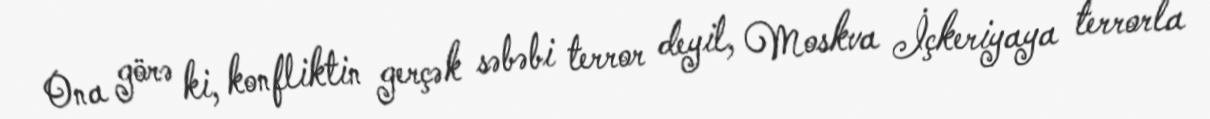
Ona görə ki, konfliktin gerçək səbəbi terror deyil, Moskva İçkeriyaya terrorla